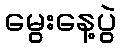
မွေးနေ့ပွဲ